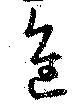
進